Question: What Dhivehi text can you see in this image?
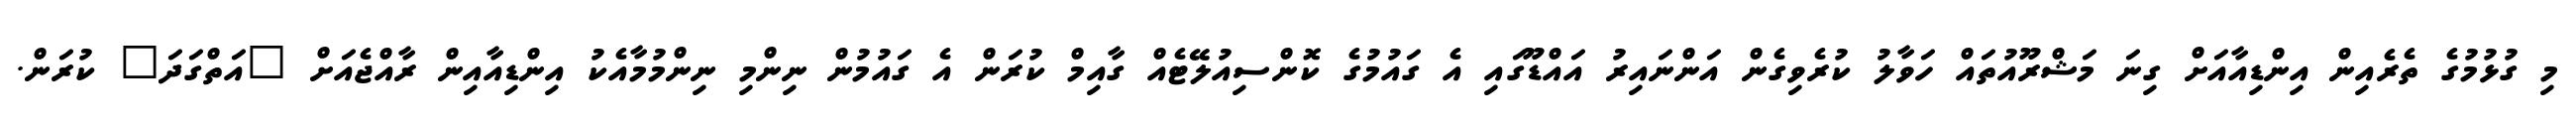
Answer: މި ގުޅުމުގެ ތެރެއިން އިންޑިއާއަށް ގިނަ މަޝްރޫއުތައް ހަވާލު ކުރެވިގެން އަންނައިރު އައްޑޫގައި އެ ގައުމުގެ ކޮންސިއުލޭޓެއް ގާއިމް ކުރަން އެ ގައުމުން ނިންމި ނިންމުމާއެކު އިންޑިއާއިން ރާއްޖެއަށް "އަތްގަދަ" ކުރަން.